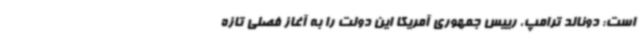
است: دونالد ترامپ، رییس جمهوری آمریکا این دولت را به آغاز فصلی تازه